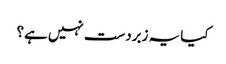
کیا یہ زبردست نہیں ہے؟